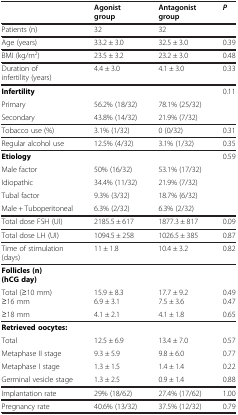
|  | Agonist group | Antagonist group | P |
 | --- | --- | --- | --- |
 | Patients (n) | 32 | 32 |  |
 | Age (years) | 33.2 ± 3.0 | 32.5 ± 3.0 | 0.39 |
 | BMI (kg/m2) | 23.5 ± 3.2 | 23.2 ± 3.0 | 0.48 |
 | Duration of infertility (years) | 4.4 ± 3.0 | 4.1 ± 3.0 | 0.33 |
 | Infertility |  |  | 0.11 |
 | Primary | 56.2% (18/32) | 78.1% (25/32) |  |
 | Secondary | 43.8% (14/32) | 21.9% (7/32) |  |
 | Tobacco use (%) | 3.1% (1/32) | 0 (0/32) | 0.31 |
 | Regular alcohol use | 12.5% (4/32) | 3.1% (1/32) | 0.35 |
 | Etiology |  |  | 0.59 |
 | Male factor | 50% (16/32) | 53.1% (17/32) |  |
 | Idiopathic | 34.4% (11/32) | 21.9% (7/32) |  |
 | Tubal factor | 9.3% (3/32) | 18.7% (6/32) |  |
 | Male + Tuboperitoneal | 6.3% (2/32) | 6.3% (2/32) |  |
 | Total dose FSH (UI) | 2185.5 ± 617 | 1877.3 ± 817 | 0.09 |
 | Total dose LH (UI) | 1094.5 ± 258 | 1026.5 ± 385 | 0.87 |
 | Time of stimulation (days) | 11 ± 1.8 | 10.4 ± 3.2 | 0.82 |
 | Follicles (n) (hCG day) |  |  |  |
 | Total (≥10 mm)≥16 mm | 15.9 ± 8.36.9 ± 3.1 | 17.7 ± 9.27.5 ± 3.6 | 0.490.47 |
 | ≥18 mm | 4.1 ± 2.1 | 4.1 ± 1.8 | 0.65 |
 | Retrieved oocytes: |  |  |  |
 | Total | 12.5 ± 6.9 | 13.4 ± 7.0 | 0.57 |
 | Metaphase II stage | 9.3 ± 5.9 | 9.8 ± 6.0 | 0.77 |
 | Metaphase I stage | 1.3 ± 1.5 | 1.4 ± 1.4 | 0.22 |
 | Germinal vesicle stage | 1.3 ± 2.5 | 0.9 ± 1.4 | 0.88 |
 | Implantation rate | 29% (18/62) | 27.4% (17/62) | 1.00 |
 | Pregnancy rate | 40.6% (13/32) | 37.5% (12/32) | 0.79 |